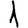
Digit: 1